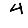
Digit: 4